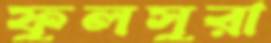
ফুলসুরা